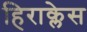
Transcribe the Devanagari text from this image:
हिराक्लेस